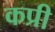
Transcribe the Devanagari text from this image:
कप्री